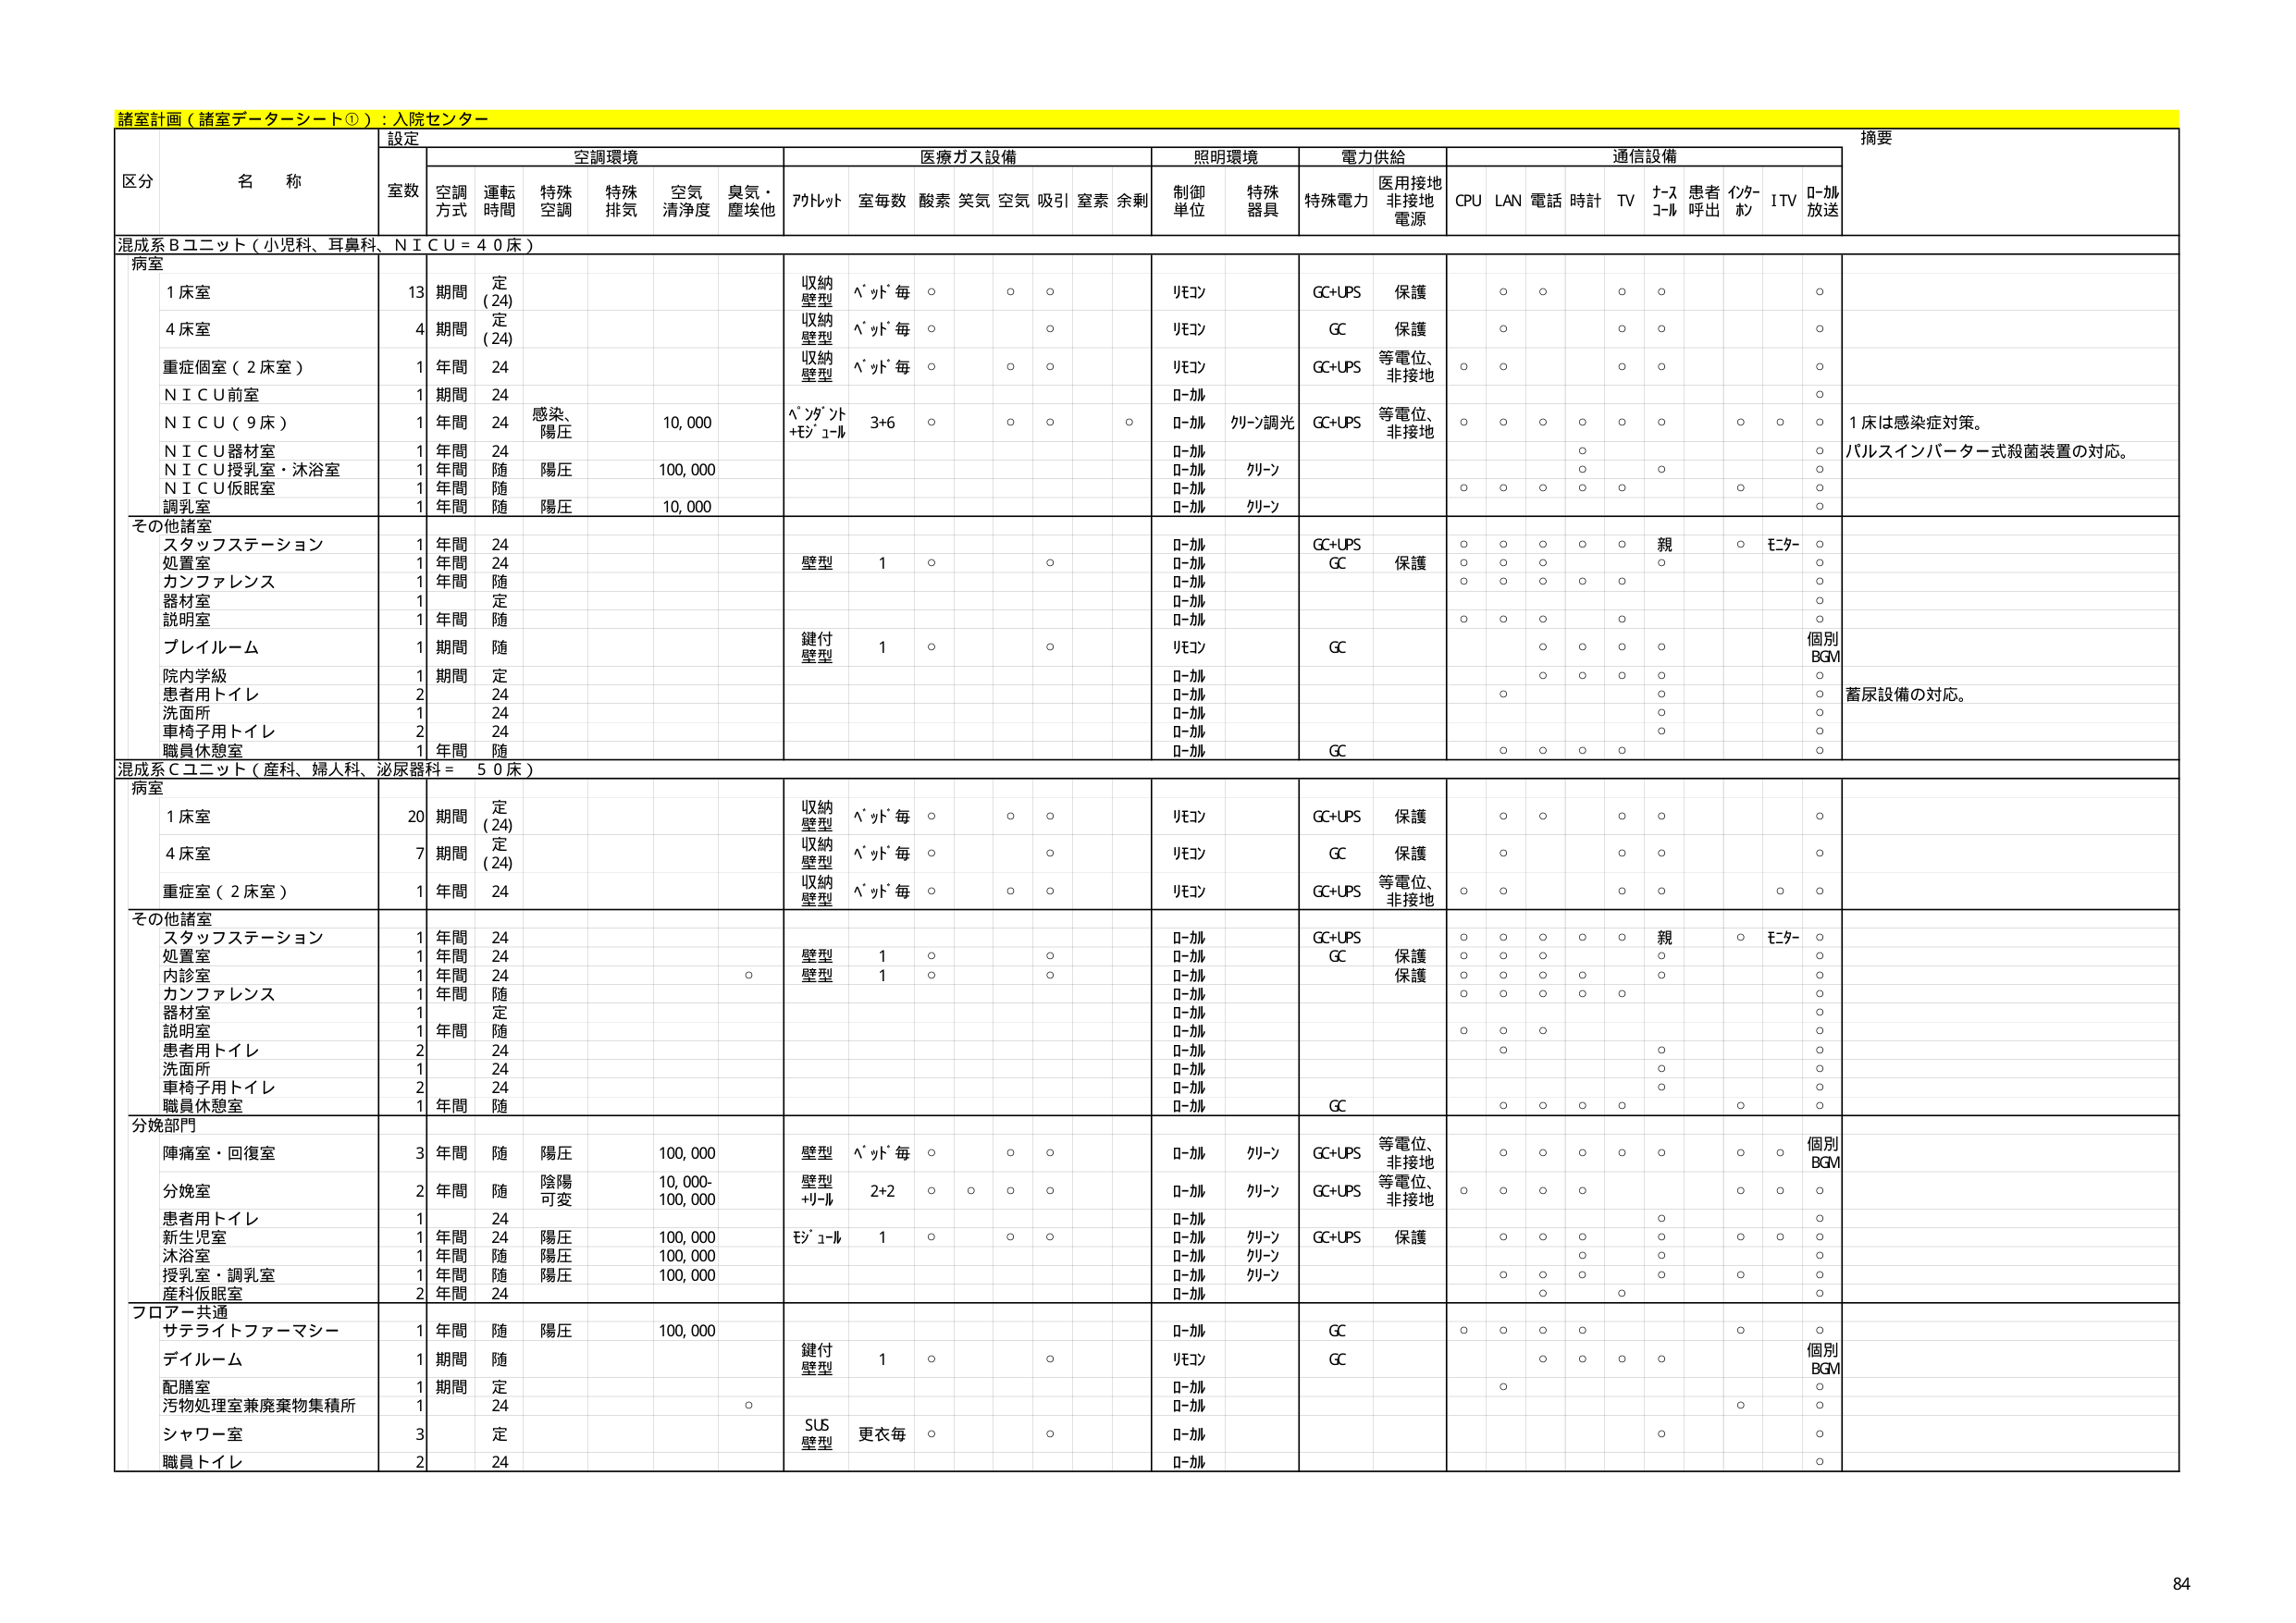
諸室計画（諸室データーシート①）：入院センター

設定
空調環境
医療ガス設備
照明環境
電力供給
通信設備
摘要

区分 名称
室数 空調方式 運転時間 特殊空調 特殊排気 空気清浄度 臭気・塵埃他 アルトット 室毎数 酸素 笑気 空気 吸引 窒素 余剰 制御単位 特殊器具 特殊電力 医用接地非接地電源 CPU LAN 電話 時計 TV ナースコール 患者呼出 インターホン ITV ローカル放送

混成系Bユニット（小児科、耳鼻科、ＮＩＣＵ＝４０床）
病室
1床室 13 期間 定（24） 収納壁型 パッド毎 ○ ○ ○ リモコン GC+UPS 保護 ○ ○ ○ ○ ○
4床室 4 期間 定（24） 収納壁型 パッド毎 ○ ○ リモコン GC 保護 ○ ○ ○ ○ ○
重症個室（2床室） 1 年間 24 収納壁型 パッド毎 ○ ○ ○ リモコン GC+UPS 等電位、非接地 ○ ○ ○ ○ ○
ＮＩＣＵ前室 1 期間 24 ローカル ○
ＮＩＣＵ（9床） 1 年間 24 感染、陽圧 10,000 パンダット+モジュール 3+6 ○ ○ ○ ○ ローカル クリーン調光 GC+UPS 等電位、非接地 ○ ○ ○ ○ ○ ○ ○ ○ ○ 1床は感染症対策。
ＮＩＣＵ器材室 1 年間 24 ローカル ○ パルスインバーター式殺菌装置の対応。
ＮＩＣＵ授乳室・沐浴室 1 年間 随 陽圧 100,000 ローカル クリーン ○ ○ ○ ○ ○
ＮＩＣＵ仮眠室 1 年間 随 ローカル ○
調乳室 1 年間 随 陽圧 10,000 ローカル クリーン ○

その他諸室
スタッフステーション 1 年間 24 ローカル GC+UPS ○ ○ ○ ○ ○ 親 ○ モニター ○
処置室 1 年間 24 壁型 1 ○ ○ ローカル GC 保護 ○ ○ ○ ○ ○
カンファレンス 1 年間 随 ローカル ○
器材室 1 定 ローカル ○
説明室 1 年間 随 ローカル ○
プレイルーム 1 期間 随 鍵付壁型 1 ○ ○ リモコン GC ○ ○ ○ ○ ○ 個別BGM
院内学級 1 期間 定 ローカル ○ ○ ○ ○ ○
患者用トイレ 2 24 ローカル ○ ○
洗面所 1 24 ローカル ○
車椅子用トイレ 2 24 ローカル ○
職員休憩室 1 年間 随 ローカル GC ○ ○ ○ ○ ○

混成系Cユニット（産科、婦人科、泌尿器科＝50床）
病室
1床室 20 期間 定（24） 収納壁型 パッド毎 ○ ○ ○ リモコン GC+UPS 保護 ○ ○ ○ ○ ○
4床室 7 期間 定（24） 収納壁型 パッド毎 ○ ○ リモコン GC 保護 ○ ○ ○ ○ ○
重症室（2床室） 1 年間 24 収納壁型 パッド毎 ○ ○ ○ リモコン GC+UPS 等電位、非接地 ○ ○ ○ ○ ○

その他諸室
スタッフステーション 1 年間 24 ローカル GC+UPS ○ ○ ○ ○ ○ 親 ○ モニター ○
処置室 1 年間 24 壁型 1 ○ ○ ローカル GC 保護 ○ ○ ○ ○ ○
内診室 1 年間 24 壁型 1 ○ ○ ローカル 保護 ○ ○ ○ ○ ○
カンファレンス 1 年間 随 ローカル ○ ○ ○ ○ ○
器材室 1 定 ローカル ○
説明室 1 年間 随 ローカル ○
患者用トイレ 2 24 ローカル ○ ○
洗面所 1 24 ローカル ○
車椅子用トイレ 2 24 ローカル ○
職員休憩室 1 年間 随 ローカル GC ○ ○ ○ ○ ○

分娩部門
陣痛室・回復室 3 年間 随 陽圧 100,000 壁型 パッド毎 ○ ○ ○ ローカル クリーン GC+UPS 等電位、非接地 ○ ○ ○ ○ ○ ○ ○ 個別BGM
分娩室 2 年間 随 陰陽可変 10,000-100,000 壁型+リール 2+2 ○ ○ ○ ○ ローカル クリーン GC+UPS 等電位、非接地 ○ ○ ○ ○ ○ ○ ○
患者用トイレ 1 24 ローカル ○
新生児室 1 年間 24 陽圧 100,000 モジュール 1 ○ ○ ○ ローカル クリーン GC+UPS 保護 ○ ○ ○ ○ ○ ○ ○
沐浴室 1 年間 随 陽圧 100,000 ローカル クリーン ○
授乳室・調乳室 1 年間 随 陽圧 100,000 ローカル クリーン ○ ○ ○ ○ ○
産科仮眠室 2 年間 24 ローカル ○

フロアー共通
サテライトファーマシー 1 年間 随 陽圧 100,000 ローカル GC ○ ○ ○ ○ ○
ディルーム 1 期間 随 鍵付壁型 1 ○ ○ リモコン GC ○ ○ ○ ○ ○ 個別BGM
配膳室 1 期間 定 ローカル ○
汚物処理室兼廃棄物集積所 1 24 ローカル ○
シャワー室 3 定 SUS壁型 更衣毎 ○ ○ ローカル ○
職員トイレ 2 24 ローカル ○

84